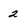
Character: 2